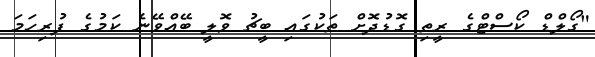
"ގޯލްޑް ކޯސްޓްގެ ރީތި ގޮޑުދޮށް ތަކުގައި ބީޗު ވޮލީ ބޭއްވޭނެ ކަމުގެ ފުރިހަމަ